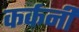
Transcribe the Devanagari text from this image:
कर्कनी